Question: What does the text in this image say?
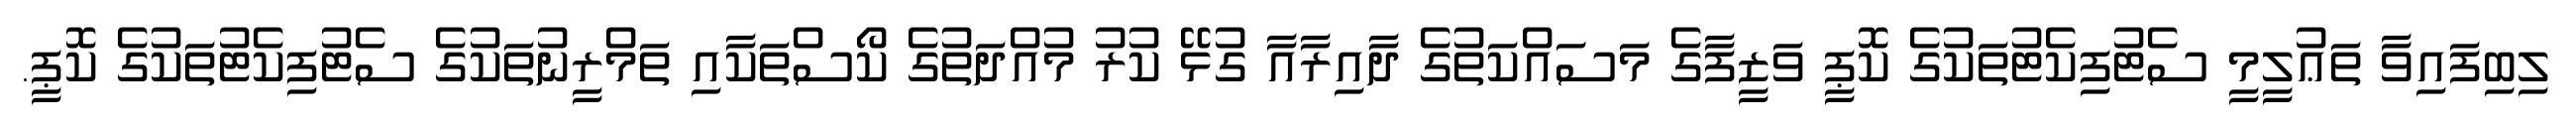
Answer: ލިބިފައިވާ ތަޢުލީމީ ސެޓުފިކެޓުތަކުގެ ކޮޕީ ވަޒީފާގެ މަސައްކަތުގެ ދާއިރާއާ ގުޅޭ ކުރު މުއްދަތުގެ ކޯސްތަކާއި ތަމްރީނުތަކުގެ ސެޓުފިކެޓުތަކުގެ ކޮޕީ.